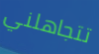
تتجاهلني